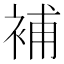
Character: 補